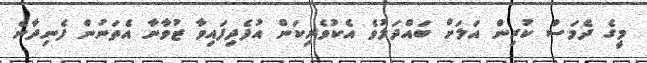
މީގެ ދެމަސް ކުރިން އަލަށް ބައްދަލުވެ އެކުވެރިކަން އުފެދިފައިވާ ޒުވާނާ އެތަނުން ފެނިދާނެ